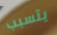
يتسبب